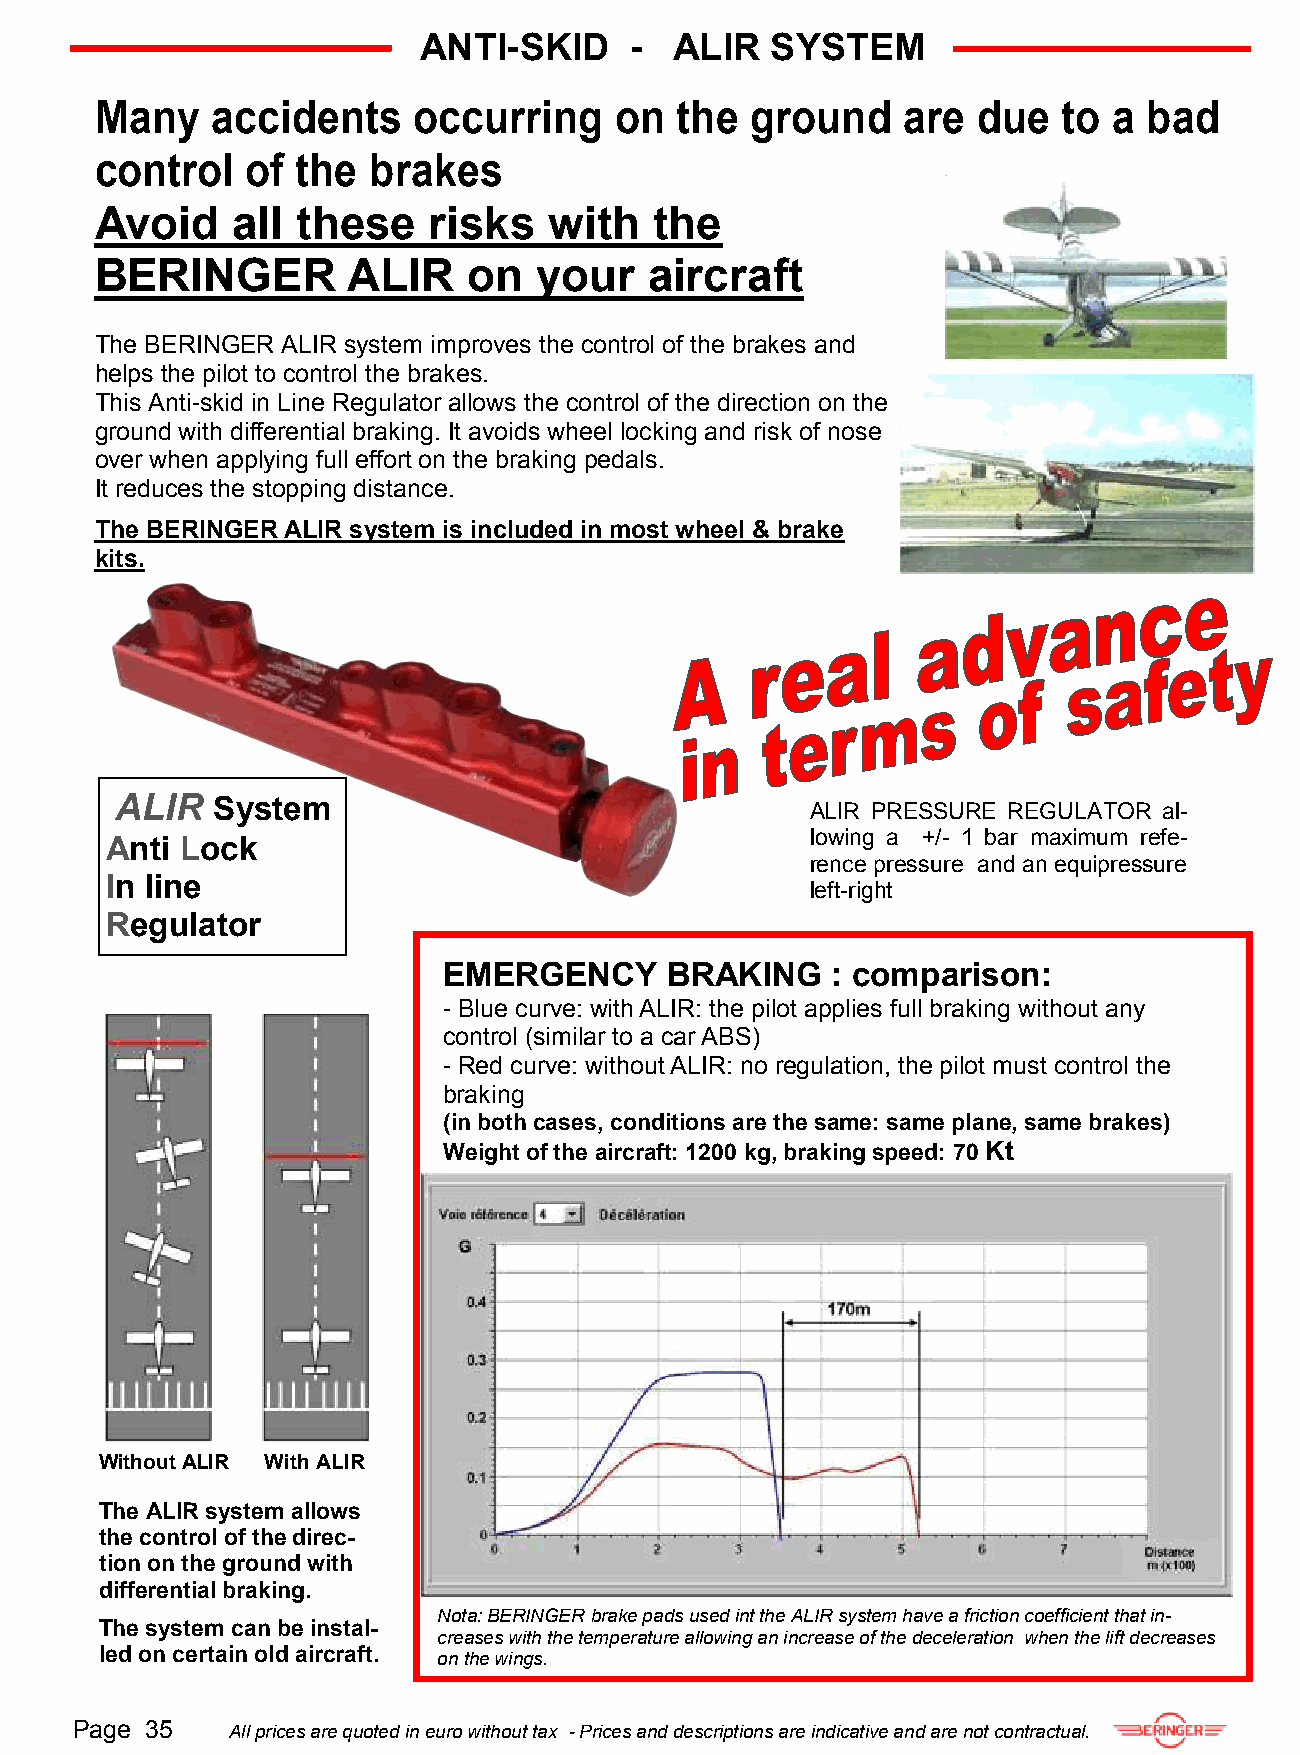
ANTI-SKID     -  ALIR  SYSTEM
 Many    accidents    occurring     on  the  ground    are  due  to  a bad
 control   of  the brakes
 Avoid    all  these   risks   with   the
 BERINGER         ALIR    on  your    aircraft
 The BERINGER ALIR system improves the control of the brakes and
 helps the pilot to control the brakes.
 This Anti-skid in Line Regulator allows the control of the direction on the
 ground with differential braking. It avoids wheel locking and risk of nose
 over when applying full effort on the braking pedals.
 It reduces the stopping distance.
 The BERINGER ALIR system is included in most wheel & brake
 kits.
 ALIR  System
 ALIR PRESSURE REGULATOR al-
 Anti Lock                                      lowing a +/- 1 bar maximum refe-
 rence pressure and an equipressure
 In line
 left-right
 Regulator
 EMERGENCY      BRAKING    : comparison:
 - Blue curve: with ALIR: the pilot applies full braking without any
 control (similar to a car ABS)
 - Red curve: without ALIR: no regulation, the pilot must control the
 braking
 (in both cases, conditions are the same: same plane, same brakes)
 Weight of the aircraft: 1200 kg, braking speed: 70 Kt
 Without ALIR With ALIR
 The ALIR system allows
 the control of the direc-
 tion on the ground with
 differential braking.
 Nota: BERINGER brake pads used int the ALIR system have a friction coefficient that in-
 The system can be instal-
 creases with the temperature allowing an increase of the deceleration when the lift decreases
 led on certain old aircraft.
 on the wings.
 Page 35   All prices are quoted in euro without tax - Prices and descriptions are indicative and are not contractual.